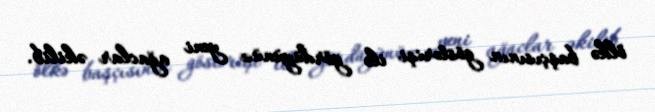
ölkə başçısının göstərişi ilə gördüyünüz yeni ağaclar əkilib.